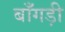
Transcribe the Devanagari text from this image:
बाँगड़ी